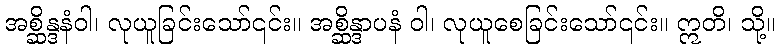
အစ္ဆိန္ဒနံဝါ၊ လုယူခြင်းသော်၎င်း။ အစ္ဆိန္ဒာပနံ ဝါ၊ လုယူစေခြင်းသော်၎င်း။ ဣတိ၊ သို့။